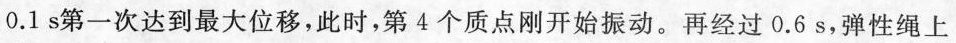
0.1s第一次达到最大位移，此时，第4个质点刚开始振动。再经过0.6s，弹性绳上